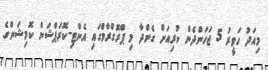
މިއަދު ހަވީރު 5 ޖަހަންދެން ކުރިއަށް ގެންދާ މި ޕްރޮގްރާމްގައި އެންޓި-ކޮރަޕްޝަން ކޮމިޝަންގެ